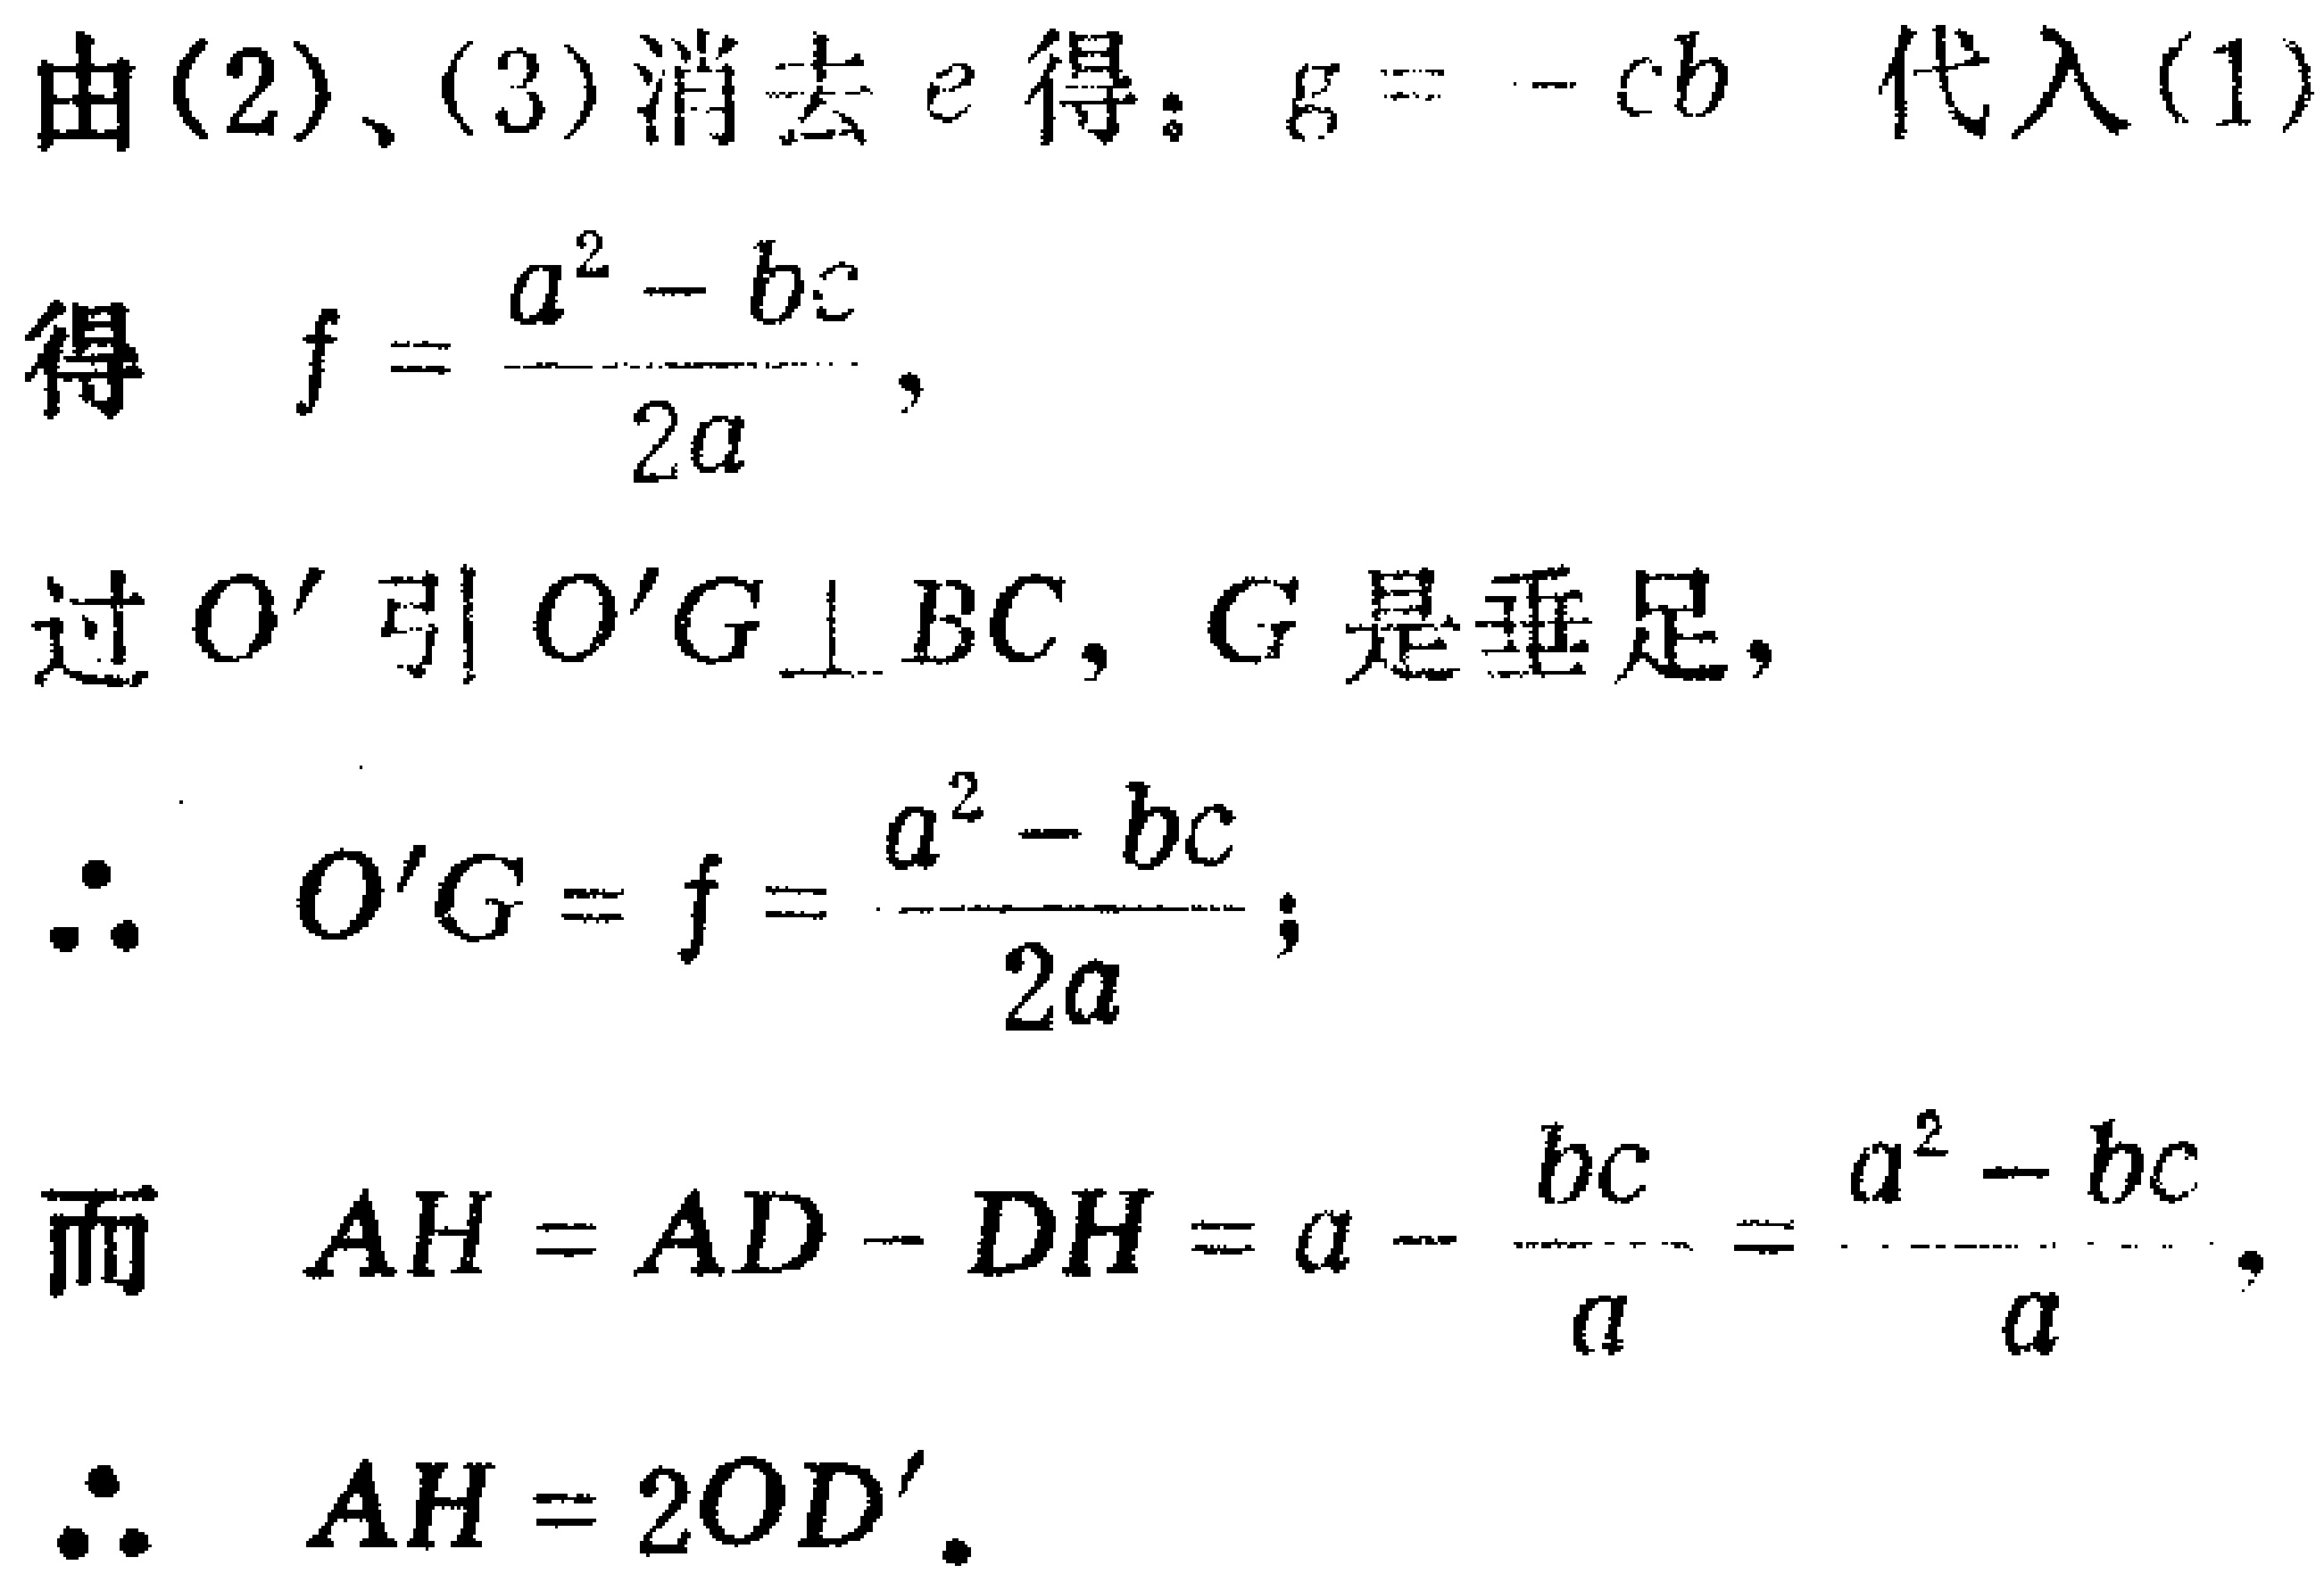
由(2)、(3)消去\(e\)得：\(g = -cb\) 代入(1)
得 \(f = \frac{a^{2} - bc}{2a}\)，
过 \(O'\) 引 \(O'G \perp BC\)，\(G\) 是垂足，
\(\therefore O'G = f = \frac{a^{2} - bc}{2a}\)；
而 \(AH = AD - DH = a - \frac{bc}{a} = \frac{a^{2} - bc}{a}\)，
\(\therefore AH = 2OD'\)。